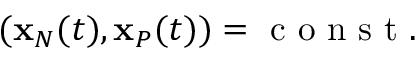
\begin{array} { r } { ( { \bf x } _ { N } ( t ) , { \bf x } _ { P } ( t ) ) = \mathrm { ~ c ~ o ~ n ~ s ~ t ~ } . } \end{array}